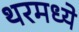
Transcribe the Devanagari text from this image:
थरमध्ये